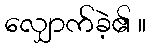
လျှောက်ခဲ့၏ ။